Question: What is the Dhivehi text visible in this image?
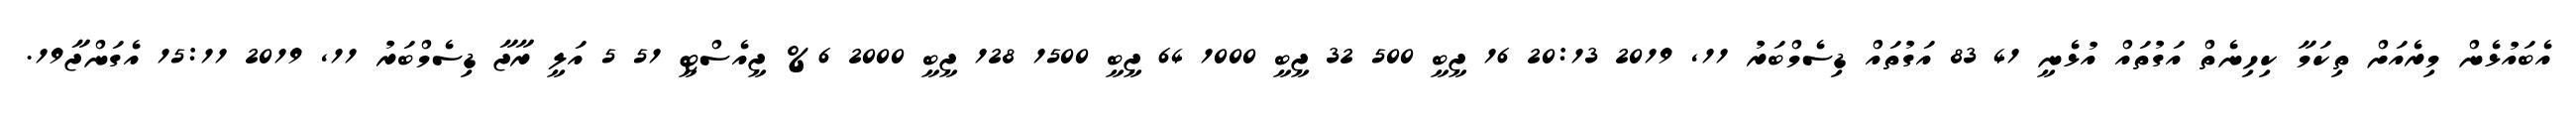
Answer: އެބައުޅެން މިރެއަށް ތިކަމާ ކިހިނެތް އަގުތައް އުޅެނީ 41 83 އަގުތައް ޑިސެމްބަރު 11, 2019 20:13 16 ޖީބީ 500 32 ޖީބީ 1000 64 ޖީބީ 1500 128 ޖީބީ 2000 6% ޖީއެސްޓީ 51 5 އަލީ ރާޖާ ޑިސެމްބަރު 11, 2019 15:11 އެގަންޖާ19.